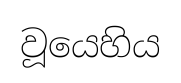
වූයෙහිය